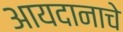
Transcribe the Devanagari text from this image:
आयदानाचे